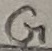
Text: G